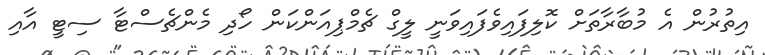
އިތުރުން އެ މުބާރާތަށް ކޮލިފައިވެފައިވަނީ ލީގް ޗެމްޕިއަންކަން ހޯދި މެންޗެސްޓާ ސިޓީ އާއި